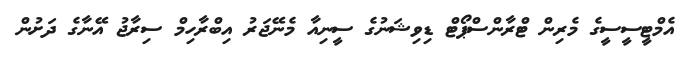
އެމްޓީސީސީގެ މެރިން ޓްރާންސްޕޯޓް ޑިވިޝަނުގެ ސީނިއާ މެނޭޖަރު އިބްރާހިމް ސިރާޖު އޭނާގެ ދަށުން